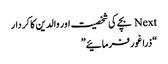
Next بچے کی شخصیت اور والدین کا کردار
“ذرا غور فرمائیے”